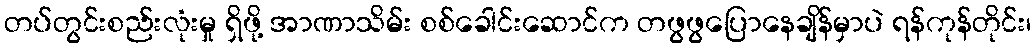
တပ်တွင်းစည်းလုံးမှု ရှိဖို့ အာဏာသိမ်း စစ်ခေါင်းဆောင်က တဖွဖွပြောနေချိန်မှာပဲ ရန်ကုန်တိုင်း၊